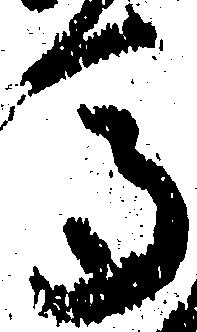
馬